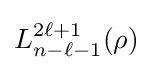
L_{n-\ell -1}^{2\ell +1}(\rho )